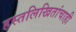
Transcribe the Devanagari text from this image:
हस्तलिखितांचाही